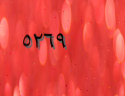
٥٢٦٩